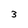
Character: 3